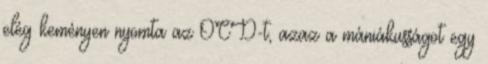
elég keményen nyomta az OCD-t, azaz a mániákusságot egy